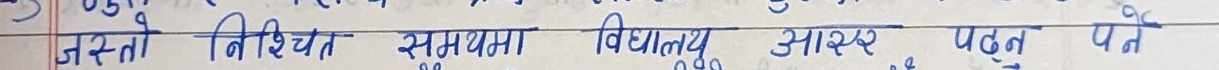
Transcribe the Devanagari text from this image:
जस्तो निश्चित समयमा विद्यालय आसर पढ्न पर्ने